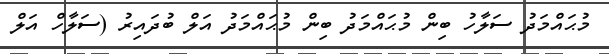
މުޙައްމަދު ސަލާހު ބިން މުޙައްމަދު ބިން މުޙައްމަދު އަލް ބުދައިރު (ސަލާހް އަލް